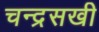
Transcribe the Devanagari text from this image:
चन्द्रसखी